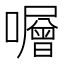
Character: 𡃆